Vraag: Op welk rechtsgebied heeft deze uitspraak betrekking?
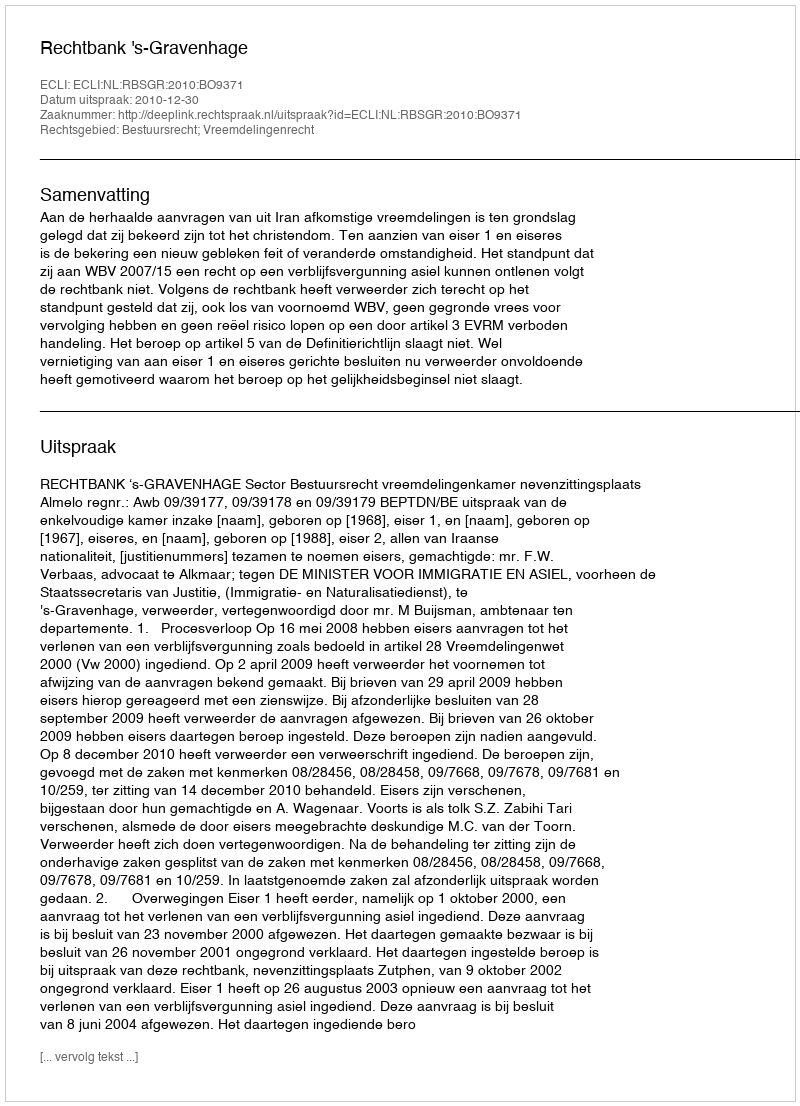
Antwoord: Bestuursrecht; Vreemdelingenrecht